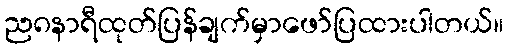
ည၈နာရီထုတ်ပြန်ချက်မှာဖော်ပြထားပါတယ်။